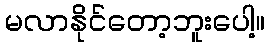
မလာနိုင်တော့ဘူးပေါ့။